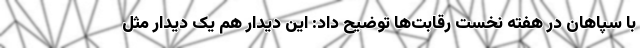
با سپاهان در هفته نخست رقابت‌ها توضیح داد: این دیدار هم یک دیدار مثل